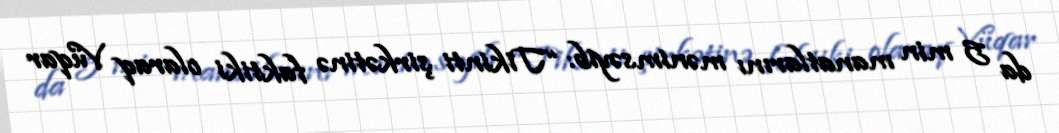
da 5 min manatlarını mənimsəyib: “Tikinti şirkətinə faktiki olaraq Vüqar